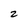
Character: 2